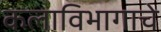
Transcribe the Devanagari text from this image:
कलाविभागाचे